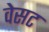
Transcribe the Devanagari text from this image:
वेसट